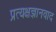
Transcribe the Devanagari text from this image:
प्रत्यक्षज्ञानवाद